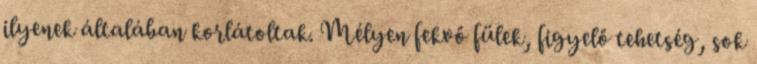
ilyenek általában korlátoltak. Mélyen fekvő fülek, figyelő tehetség, sok